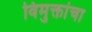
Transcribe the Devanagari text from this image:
विमुक्तांचा